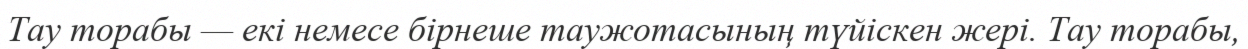
Тау торабы — екі немесе бірнеше таужотасының түйіскен жері. Тау торабы,